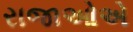
રાજાઓએ